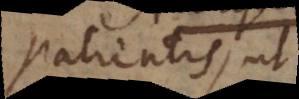
patientis, ut